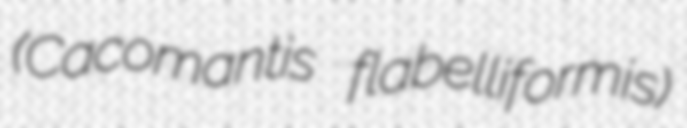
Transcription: (Cacomantis flabelliformis)